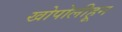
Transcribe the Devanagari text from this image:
खोपोलीहून